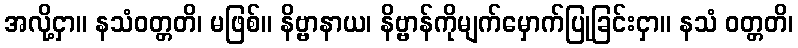
အလို့ငှာ။ နသံဝတ္တတိ၊ မဖြစ်။ နိဗ္ဗာနာယ၊ နိဗ္ဗာန်ကိုမျက်မှောက်ပြုခြင်းငှာ။ နသံ ဝတ္တတိ၊